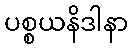
ပစ္စယနိဒါနာ